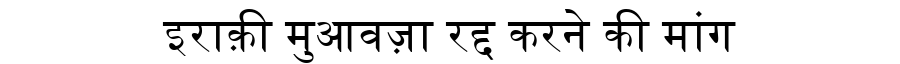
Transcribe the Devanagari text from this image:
इराक़ी मुआवज़ा रद्द करने की मांग